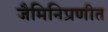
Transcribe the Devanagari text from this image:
जैमिनिप्रणीत